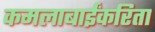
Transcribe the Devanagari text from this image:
कमलाबाईंकरिता